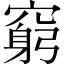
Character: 窮